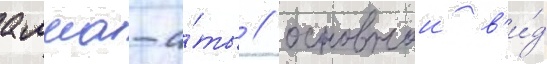
алма-а́ты / основнои в'и́д